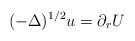
LaTeX: \begin{align*} (-\Delta)^{1/2}u=\partial_rU\end{align*}